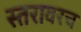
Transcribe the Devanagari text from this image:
स्तरावरच